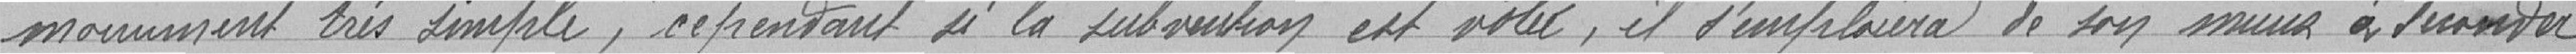
mouvement très simple, cependant si la subvention est votée, il s'emploiera de son mieux à seconder